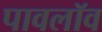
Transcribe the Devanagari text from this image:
पावलॉव